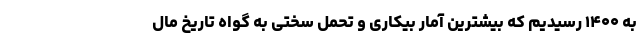
به ۱۴۰۰ رسیدیم که بیشترین آمار بیکاری و تحمل سختی به گواه تاریخ مال